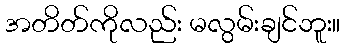
အတိတ်ကိုလည်း မလွမ်းချင်ဘူး။